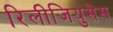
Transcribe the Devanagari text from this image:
रिलीजियुसेस